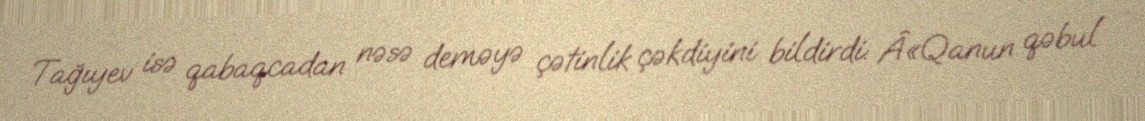
Tağıyev isə qabaqcadan nəsə deməyə çətinlik çəkdiyini bildirdi: Â«Qanun qəbul